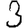
Digit: 3